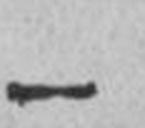
—